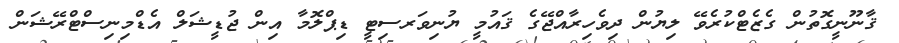
ޤާނޫނީގޮތުން ގެޒެޓްކުރެވޭ ލިޔުން ދިވެހިރާއްޖޭގެ ޤައުމީ ޔުނިވަރސިޓީ ޑިޕްލޮމާ އިން ޖުޑީޝަލް އެޑްމިނިސްޓްރޭޝަން